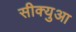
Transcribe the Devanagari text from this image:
सीक्युआ